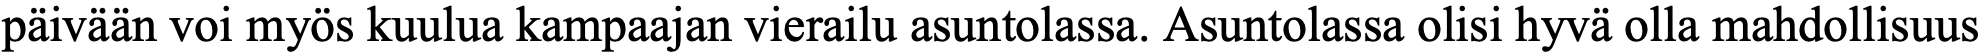
päivään voi myös kuulua kampaajan vierailu asuntolassa. Asuntolassa olisi hyvä olla mahdollisuus